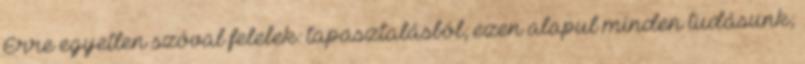
Erre egyetlen szóval felelek: tapasztalásból; ezen alapul minden tudásunk;